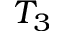
T _ { 3 }